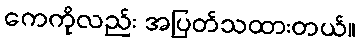
ကေကိုလည်း အပြတ်သထားတယ်။